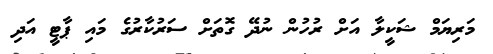
މަރިޔަމް ޝަކީލާ އަށް ރުހުން ނުދޭ ގޮތަށް ސަރުކާރުގެ މައި ޕާޓީ އަދި